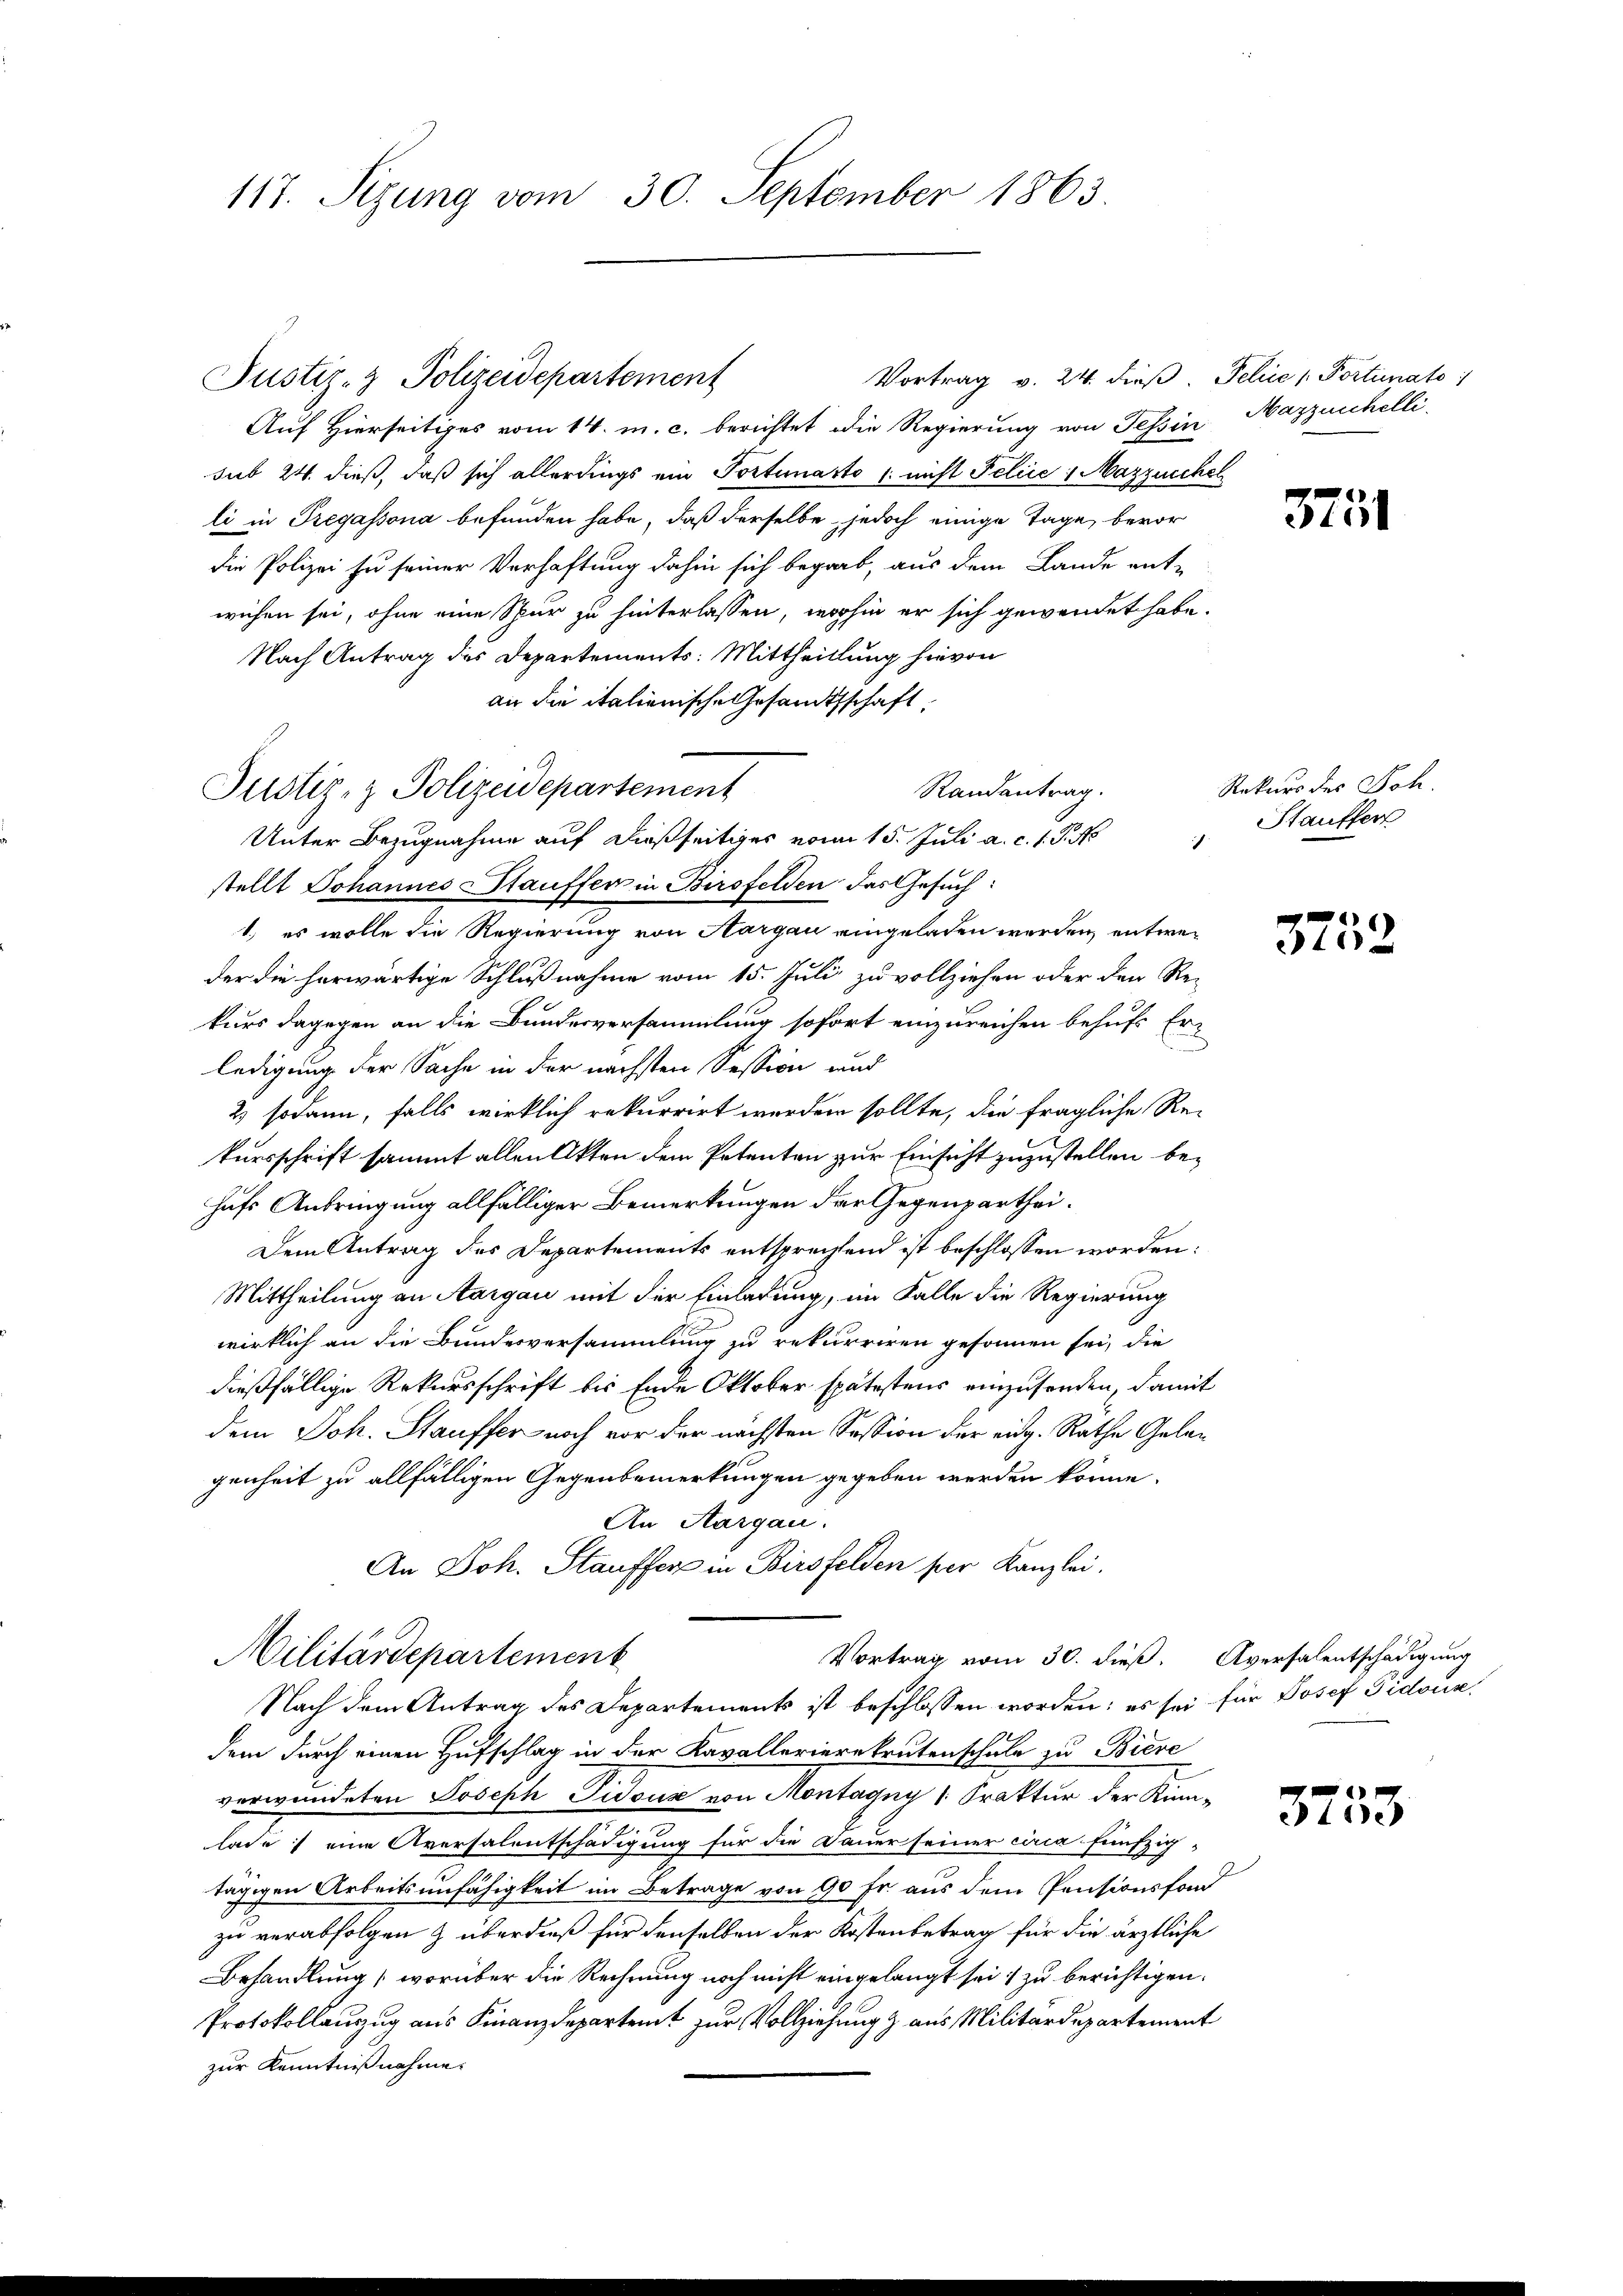
117. Sizung vom 30. September 1863

Vortrag v. 24. dieß. Feliie Portinato
Justiz- & Polizeidepartement
Auf Hierseitiges vom 14. m. c. berichtet die Regierung von Tessin, Maszenhelli
sub 24. dieß, daß sich allerdings ein Portunasto l. nicht Felice : Mazzucchel
li in Tregassona befunden habe, daß derselbe jedoch einige Tage, bevor
Die Polizei zu seiner Verhaftung dahin sich begrab, aus dem Lande ent-
wichen sei, ohne eine Spur zu hinterlassen, wohin er sich gewendet habe.
Nach Antrag des Departements: Mittheillung hievon
an die italienische Gesandtschaft,
Randentrag.
Unter Bezugnahme auf dießseitiges vom 15. Juli a. c. 1. P. N
stellt Johannes Stauffen in Birsfelden, das Gesuch:
1.) es wolle die Regierung von Aargau eingeladen werden entweder die herwärtige Schlußnahme vom 15. Juli zu vollziehen oder den Re-
kurs dagegen an die Bundesversammlung sofort einzureichen behufs Erledigung der Sache in der nächsten Session und
2 sodann, falls wirklich rekurrirt worden sollte, die fragliche Rekursschrift sammt allen Akten dem Petenten zur Einsicht zuzustellen behufs Anbringung allfälliger Bemerkungen der Gegenparthei¬
Dem Antrag des Departements entsprechtend ist beschlossen worden:
Mittheilung an Aargau mit der Einladung, im Falle die Regierung
wirklich an die Bundesversammlung zu rekurriren gesonnen sei, die
dießfällige Rekursschrift bis Ende Oktober spätestens einzusenden, damit
dem Joh. Stauffer noch vor der nächsten Session der eidg. Rathe Gelagenheit zu allfälligen Gegenbemerkungen gegeben werden könne.
An Aargau.
An Joh. Stauffer in Birsfelden per Kanzlei.
Militärdepartement
Vortrag vom 30. dieß. Aversalentschädigung
Nach dem Antrag des Departements ist beschlossen worden; es sei für Josef Pidouz
dem durch einen Hufschlag in der Kavallerierekrutenschule zu Biere
verwundeten Joseph Tissus von Montagny (: Praktur der Kinnlade :/ eine Aversalentschädigung für die Dauer seiner circa fünfzig-
tägigen Arbeitsunfähigkeit im Betrage von 90 Fr. aus dem Pensionsfond
zu verabfolgen & überdieß für denselben der Kostenbetrag für die ärztliche
Behandlung (worüber die Rechnung noch nicht eingelangt sei, zu berichtigen.
Protokollauszug aus Finanzdepartent zur Vollziehung & aus Militärdepartement
zur Kenntnißnahme.

Justiz- & Polizeidepartement

375

Rekurs des Joh.
Stauffer
h

26)
f

x
dte